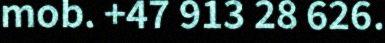
mob. +47 913 28 626.